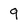
Character: 9